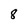
Character: 8